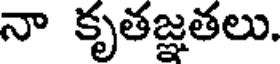
నా కృతజ్ఞతలు.